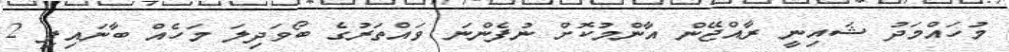
މުހައްމަދު ޝައިނީ ރާއްޖޭން އާންމުކޮށް ނުފެންނަ ވައްތަރުގެ ބޯވަދިލަ މަހެއް ބާނައިފި 2